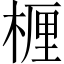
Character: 𬃗